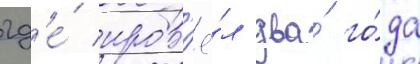
гд'е́ пров'ё́л два́ го́да